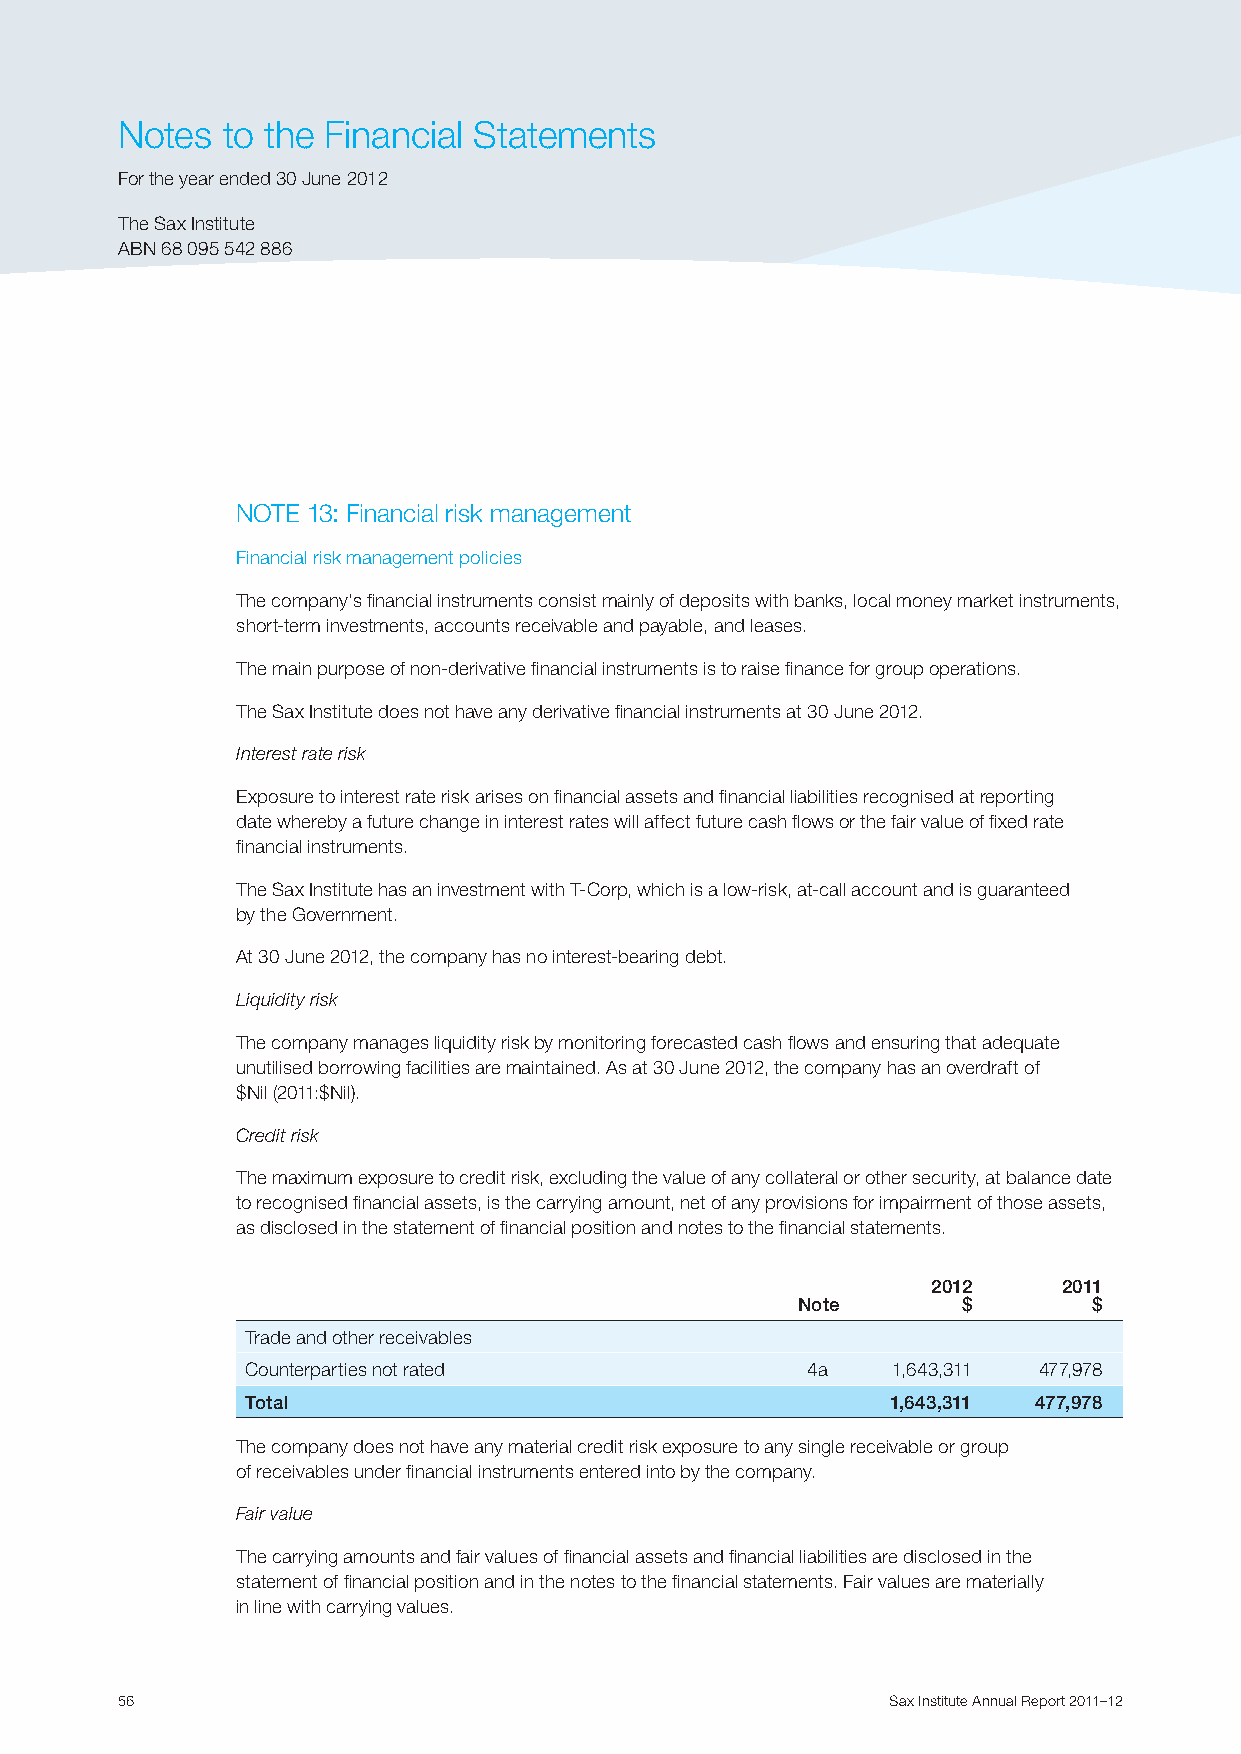
Notes  to the Financial Statements
 For the year ended 30 June 2012
 The Sax Institute
 ABN 68 095 542 886
 NOTE 13: Financial risk management
 Financial risk management policies
 The company’s financial instruments consist mainly of deposits with banks, local money market instruments,
 short-term investments, accounts receivable and payable, and leases.
 The main purpose of non-derivative financial instruments is to raise finance for group operations.
 The Sax Institute does not have any derivative financial instruments at 30 June 2012.
 Interest rate risk
 Exposure to interest rate risk arises on financial assets and financial liabilities recognised at reporting
 date whereby a future change in interest rates will affect future cash flows or the fair value of fixed rate
 financial instruments.
 The Sax Institute has an investment with T-Corp, which is a low-risk, at-call account and is guaranteed
 by the Government.
 At 30 June 2012, the company has no interest-bearing debt.
 Liquidity risk
 The company manages liquidity risk by monitoring forecasted cash flows and ensuring that adequate
 unutilised borrowing facilities are maintained. As at 30 June 2012, the company has an overdraft of
 $Nil (2011:$Nil).
 Credit risk
 The maximum exposure to credit risk, excluding the value of any collateral or other security, at balance date
 to recognised financial assets, is the carrying amount, net of any provisions for impairment of those assets,
 as disclosed in the statement of financial position and notes to the financial statements.
 2012    2011
 Note       $       $
 Trade and other receivables
 Counterparties not rated             4a    1,643,311 477,978
 Total                                      1,643,311 477,978
 The company does not have any material credit risk exposure to any single receivable or group
 of receivables under financial instruments entered into by the company.
 Fair value
 The carrying amounts and fair values of financial assets and financial liabilities are disclosed in the
 statement of financial position and in the notes to the financial statements. Fair values are materially
 in line with carrying values.
 56                                                 Sax Institute Annual Report 2011–12